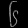
Digit: ၆